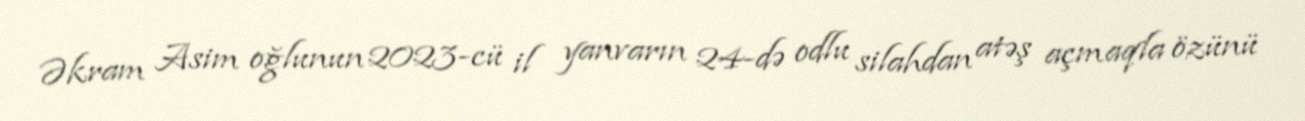
Əkram Asim oğlunun 2023-cü il yanvarın 24-də odlu silahdan atəş açmaqla özünü